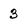
Character: 3